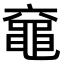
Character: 𪓖